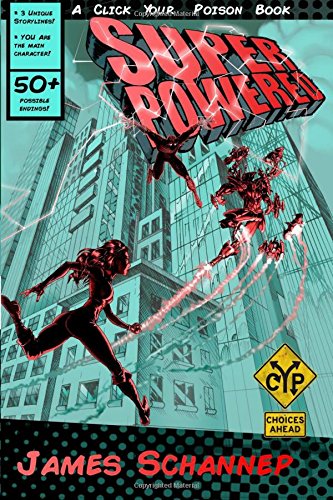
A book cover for Superpowered (Click Your Poison) (Volume 3); James Schannep; Science Fiction & Fantasy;